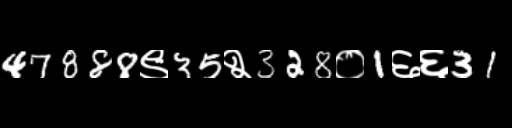
Text: 47888९35२328०1६६31